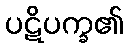
ပဋိပက္ခ၏